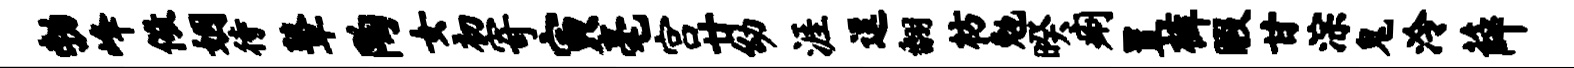
勃峰儆姻待鼙陶女初寄寅毫宫廿幼涯逗翻枋勉暌痢置裤暇甘淙鬼泠薛